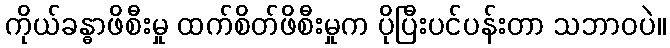
ကိုယ်ခန္ဓာဖိစီးမှု ထက်စိတ်ဖိစီးမှုက ပိုပြီးပင်ပန်းတာ သဘာဝပဲ။